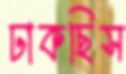
ঢাকছিস